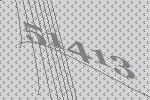
51413